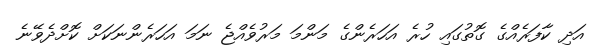
އަދި ކާފަރެއްގެ ގޮތުގައި ހުރެ އަހަރެންގެ މަންމަ މަރުވެއްޖެ ނަމަ އަހަރެންނަކަށް ކޮށްދެވޭނެ